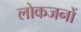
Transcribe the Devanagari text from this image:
लोकजनों